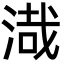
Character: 渽